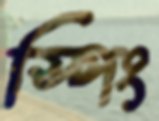
স্পিং